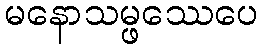
မနောသမ္ဖဿေပေ